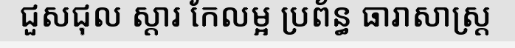
ជួសជុល ស្តារ កែលម្អ ប្រព័ន្ធ ធារាសាស្ត្រ